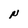
Character: N